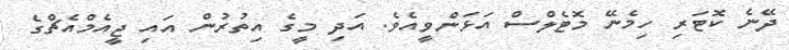
ދޭނެ ކޮޓަރި ހިމެނޭ މޮޓެލްސް އަޅަންވީއެވެ. އަދި މީގެ އިތުރުން އައި ޖީއެމްއެޗްގެ